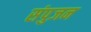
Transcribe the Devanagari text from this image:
संपुजन